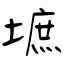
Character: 墌